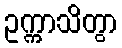
ဥက္ကာသိတွာ